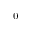
_ 0